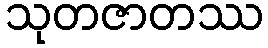
သုတဇာတဿ